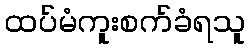
ထပ်မံကူးစက်ခံရသူ